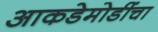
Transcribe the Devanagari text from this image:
आकडेमोडींचा